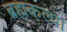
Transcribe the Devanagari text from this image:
ब्रह्मकल्पा